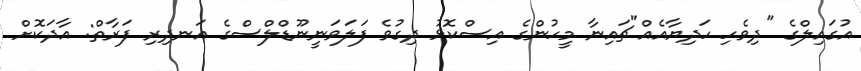
އުގައިލްގެ "ދިވެހި ހަދިޔާއެއް"ޗައިނާ މީހުންގެ އިސްކޮޅު ދިގުވެ ފަލަވަނީނޫޑްލްސްގެ އަނދިރި ފަރާތް: އާދަކޮށް